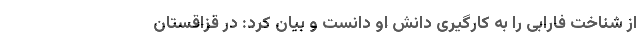
از شناخت فارابی را به کارگیری دانش او دانست و بیان کرد: در قزاقستان